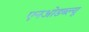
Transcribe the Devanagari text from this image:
एनओडब्ल्यू